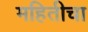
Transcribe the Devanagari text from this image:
महितीचा